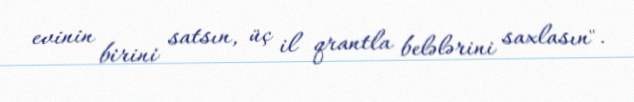
evinin birini satsın, üç il qrantla belələrini saxlasın".